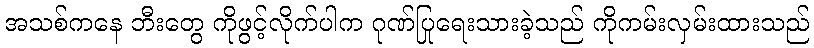
အသစ်ကနေ ဘီးတွေ ကိုဖွင့်လိုက်ပါက ဂုဏ်ပြုရေးသားခဲ့သည် ကိုကမ်းလှမ်းထားသည်